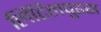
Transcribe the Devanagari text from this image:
लिटिलवुडस